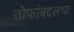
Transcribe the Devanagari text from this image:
तोफांबद्दलचा